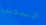
التسجيل